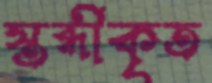
স্তব্ধীকৃত